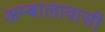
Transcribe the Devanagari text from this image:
अम्बालावासी